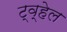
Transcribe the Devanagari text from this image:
ट्व्हेल